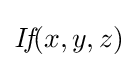
{\textit {If}}(x,y,z)